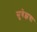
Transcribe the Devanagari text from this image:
सुवेझचा